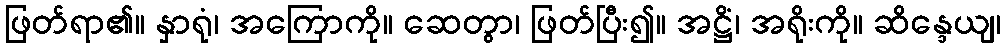
ဖြတ်ရာ၏။ နှာရုံ၊ အကြောကို။ ဆေတွာ၊ ဖြတ်ပြီး၍။ အဋ္ဌိံ၊ အရိုးကို။ ဆိန္ဒေယျ၊